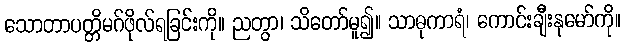
သောတာပတ္တိမဂ်ဖိုလ်ရခြင်းကို။ ညတွာ၊ သိတော်မူ၍။ သာဓုကာရံ၊ ကောင်းချီးနုမော်ကို။